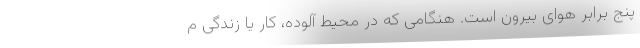
پنج برابر هوای بیرون است. هنگامی که در محیط آلوده، کار یا زندگی م